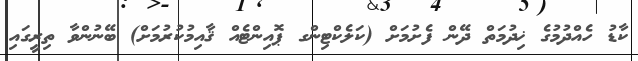
ކާޑު ހެއްދުމުގެ ޚިދުމަތް ދޭން ފެށުމަށް (ކަލެކްޓިންގ ޕޮއިންޓެއް ޤާއިމުކުރުމަށް) ބޭނުންވާ ތިރީގައި